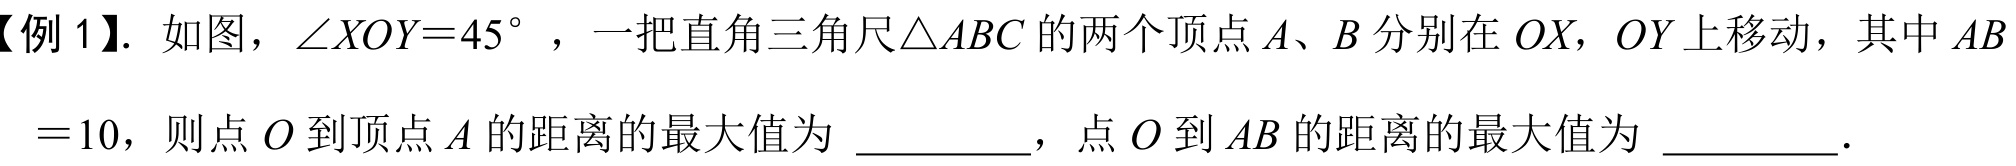
【例1】. 如图，$\angle XOY = 45^{\circ}$，一把直角三角尺$\triangle ABC$的两个顶点$A、B$分别在$OX$，$OY$上移动，其中$AB$
$ = 10$，则点$O$到顶点$A$的距离的最大值为 _________，点$O$到$AB$的距离的最大值为 _________.